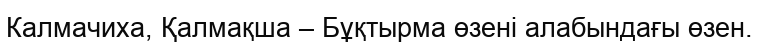
Калмачиха, Қалмақша – Бұқтырма өзені алабындағы өзен.